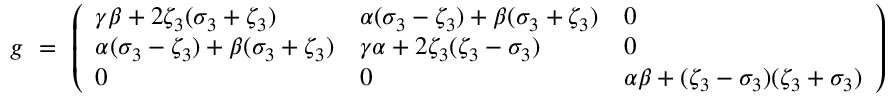
g \ = \ \left( \begin{array} { l l l } { \gamma \beta + 2 \zeta _ { 3 } ( \sigma _ { 3 } + \zeta _ { 3 } ) } & { \alpha ( \sigma _ { 3 } - \zeta _ { 3 } ) + \beta ( \sigma _ { 3 } + \zeta _ { 3 } ) } & { 0 } \\ { \alpha ( \sigma _ { 3 } - \zeta _ { 3 } ) + \beta ( \sigma _ { 3 } + \zeta _ { 3 } ) } & { \gamma \alpha + 2 \zeta _ { 3 } ( \zeta _ { 3 } - \sigma _ { 3 } ) } & { 0 } \\ { 0 } & { 0 } & { \alpha \beta + ( \zeta _ { 3 } - \sigma _ { 3 } ) ( \zeta _ { 3 } + \sigma _ { 3 } ) } \end{array} \right)